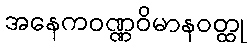
အနေကဝဏ္ဏဝိမာနဝတ္ထု